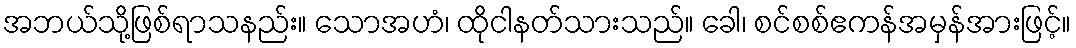
အဘယ်သို့ဖြစ်ရာသနည်း။ သောအဟံ၊ ထိုငါနတ်သားသည်။ ခေါ၊ စင်စစ်ဧကန်အမှန်အားဖြင့်။